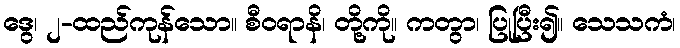
ဒွေ၊ ၂-ထည်ကုန်သော။ စီဝရာနိ၊ တို့ကို။ ကတွာ၊ ပြုပြီး၍။ သေသကံ၊